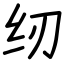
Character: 纫